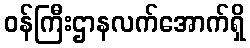
ဝန်ကြီးဌာနလက်အောက်ရှိ